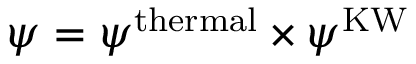
\psi = \psi ^ { \mathrm { t h e r m a l } } \times \psi ^ { \mathrm { K W } }